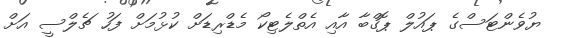
ޔުވެންޓަސްގެ ޕައުލް ޕޮގްބާ އާއި އެތްލެޓިކޯ މެޑްރިޑަށް ކުޅުމަށް ފަހު ޗެލްސީ އަށް